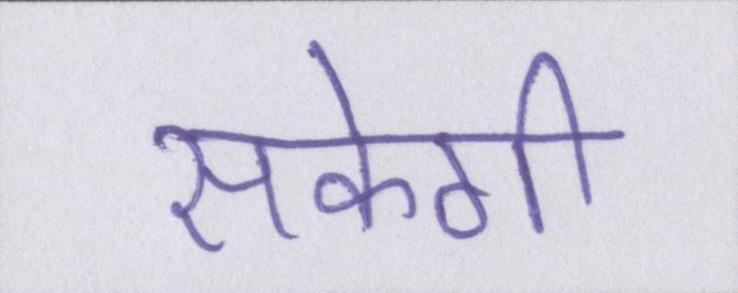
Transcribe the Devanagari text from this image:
सकेगी